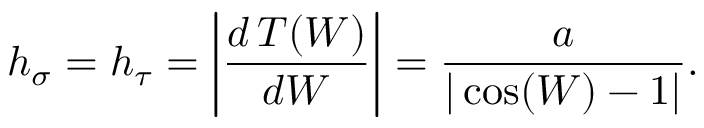
h _ { \sigma } = h _ { \tau } = \left| \frac { d \, T ( W ) } { d W } \right| = \frac { a } { | \cos ( W ) - 1 | } .